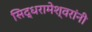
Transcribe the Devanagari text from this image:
सिद्धरामेश्वरांनी